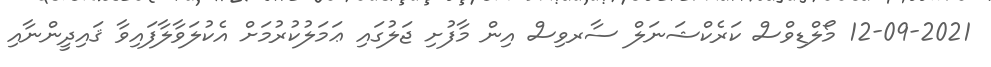
12-09-2021 މޯލްޑިވްސް ކަރެކްޝަނަލް ސާރވިސް އިން މާފުށި ޖަލުގައި ޢަމަލުކުރުމަށް އެކުލަވާލާފައިވާ ޤައިދީންނާއި